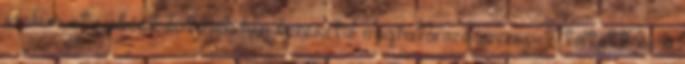
szellemi atyjaként évtizedeken keresztül meghatározó szerepet töltött be a